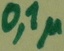
Text: 0,1µ